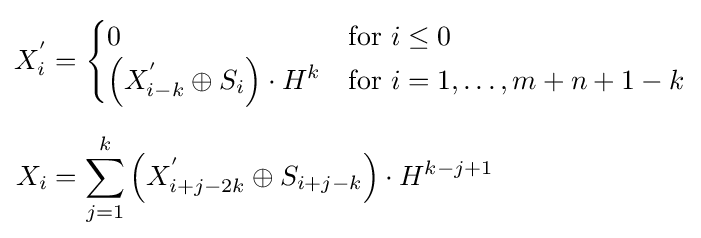
{\begin{aligned}X_{i}^{'}&={\begin{cases}0&{\text{for }}i\leq 0\\\left(X_{i-k}^{'}\oplus S_{i}\right)\cdot H^{k}&{\text{for }}i=1,\ldots ,m+n+1-k\\\end{cases}}\\[6pt]X_{i}&=\sum _{j=1}^{k}\left(X_{i+j-2k}^{'}\oplus S_{i+j-k}\right)\cdot H^{k-j+1}\end{aligned}}